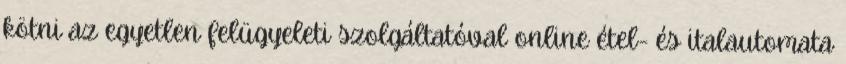
kötni az egyetlen felügyeleti szolgáltatóval online étel- és italautomata